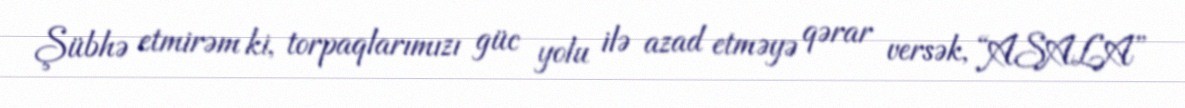
Şübhə etmirəm ki, torpaqlarımızı güc yolu ilə azad etməyə qərar versək, “ASALA”